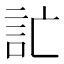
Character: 𲁣